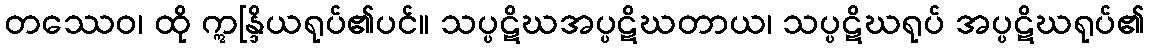
တဿေဝ၊ ထို ဣန္ဒြိယရုပ်၏ပင်။ သပ္ပဋိဃအပ္ပဋိဃတာယ၊ သပ္ပဋိဃရုပ် အပ္ပဋိဃရုပ်၏